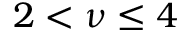
2 < \nu \leq 4